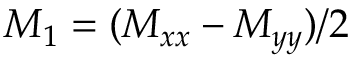
M _ { 1 } = ( M _ { x x } - M _ { y y } ) / 2